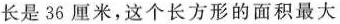
长是36厘米，这个长方形的面积最大